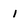
Character: 1